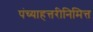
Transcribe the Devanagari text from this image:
पंच्याहत्तरीनिमित्त